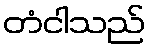
တံငါသည်